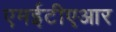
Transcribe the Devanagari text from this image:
एमईटीएआर